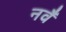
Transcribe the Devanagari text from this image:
नवँ